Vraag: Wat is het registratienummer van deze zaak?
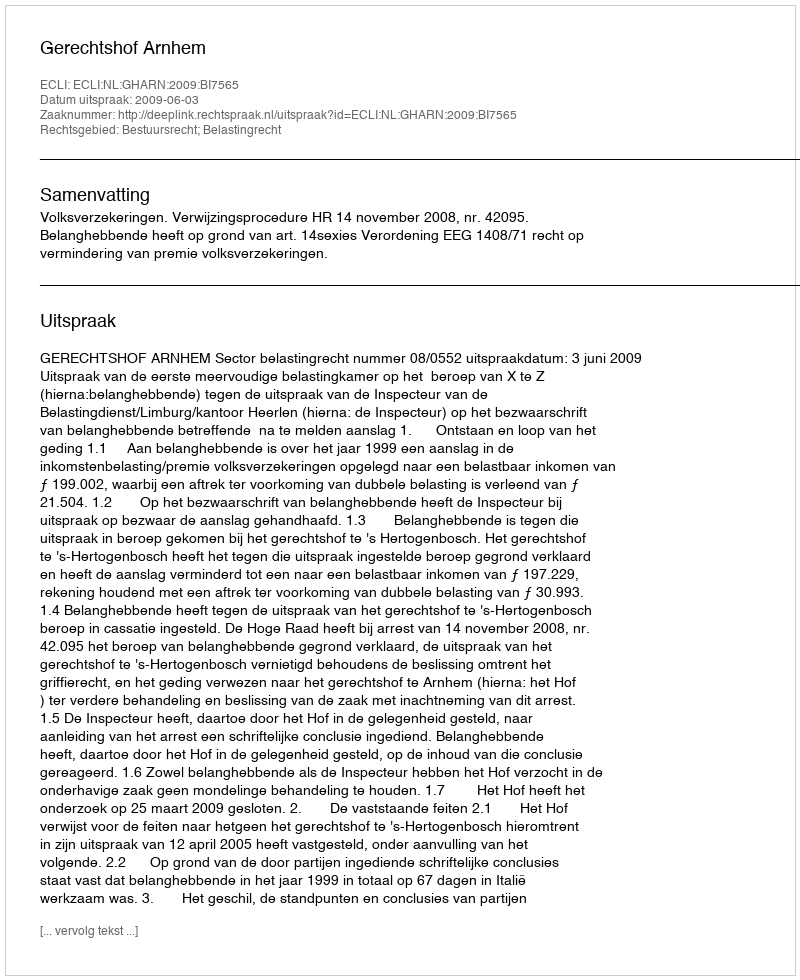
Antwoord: http://deeplink.rechtspraak.nl/uitspraak?id=ECLI:NL:GHARN:2009:BI7565